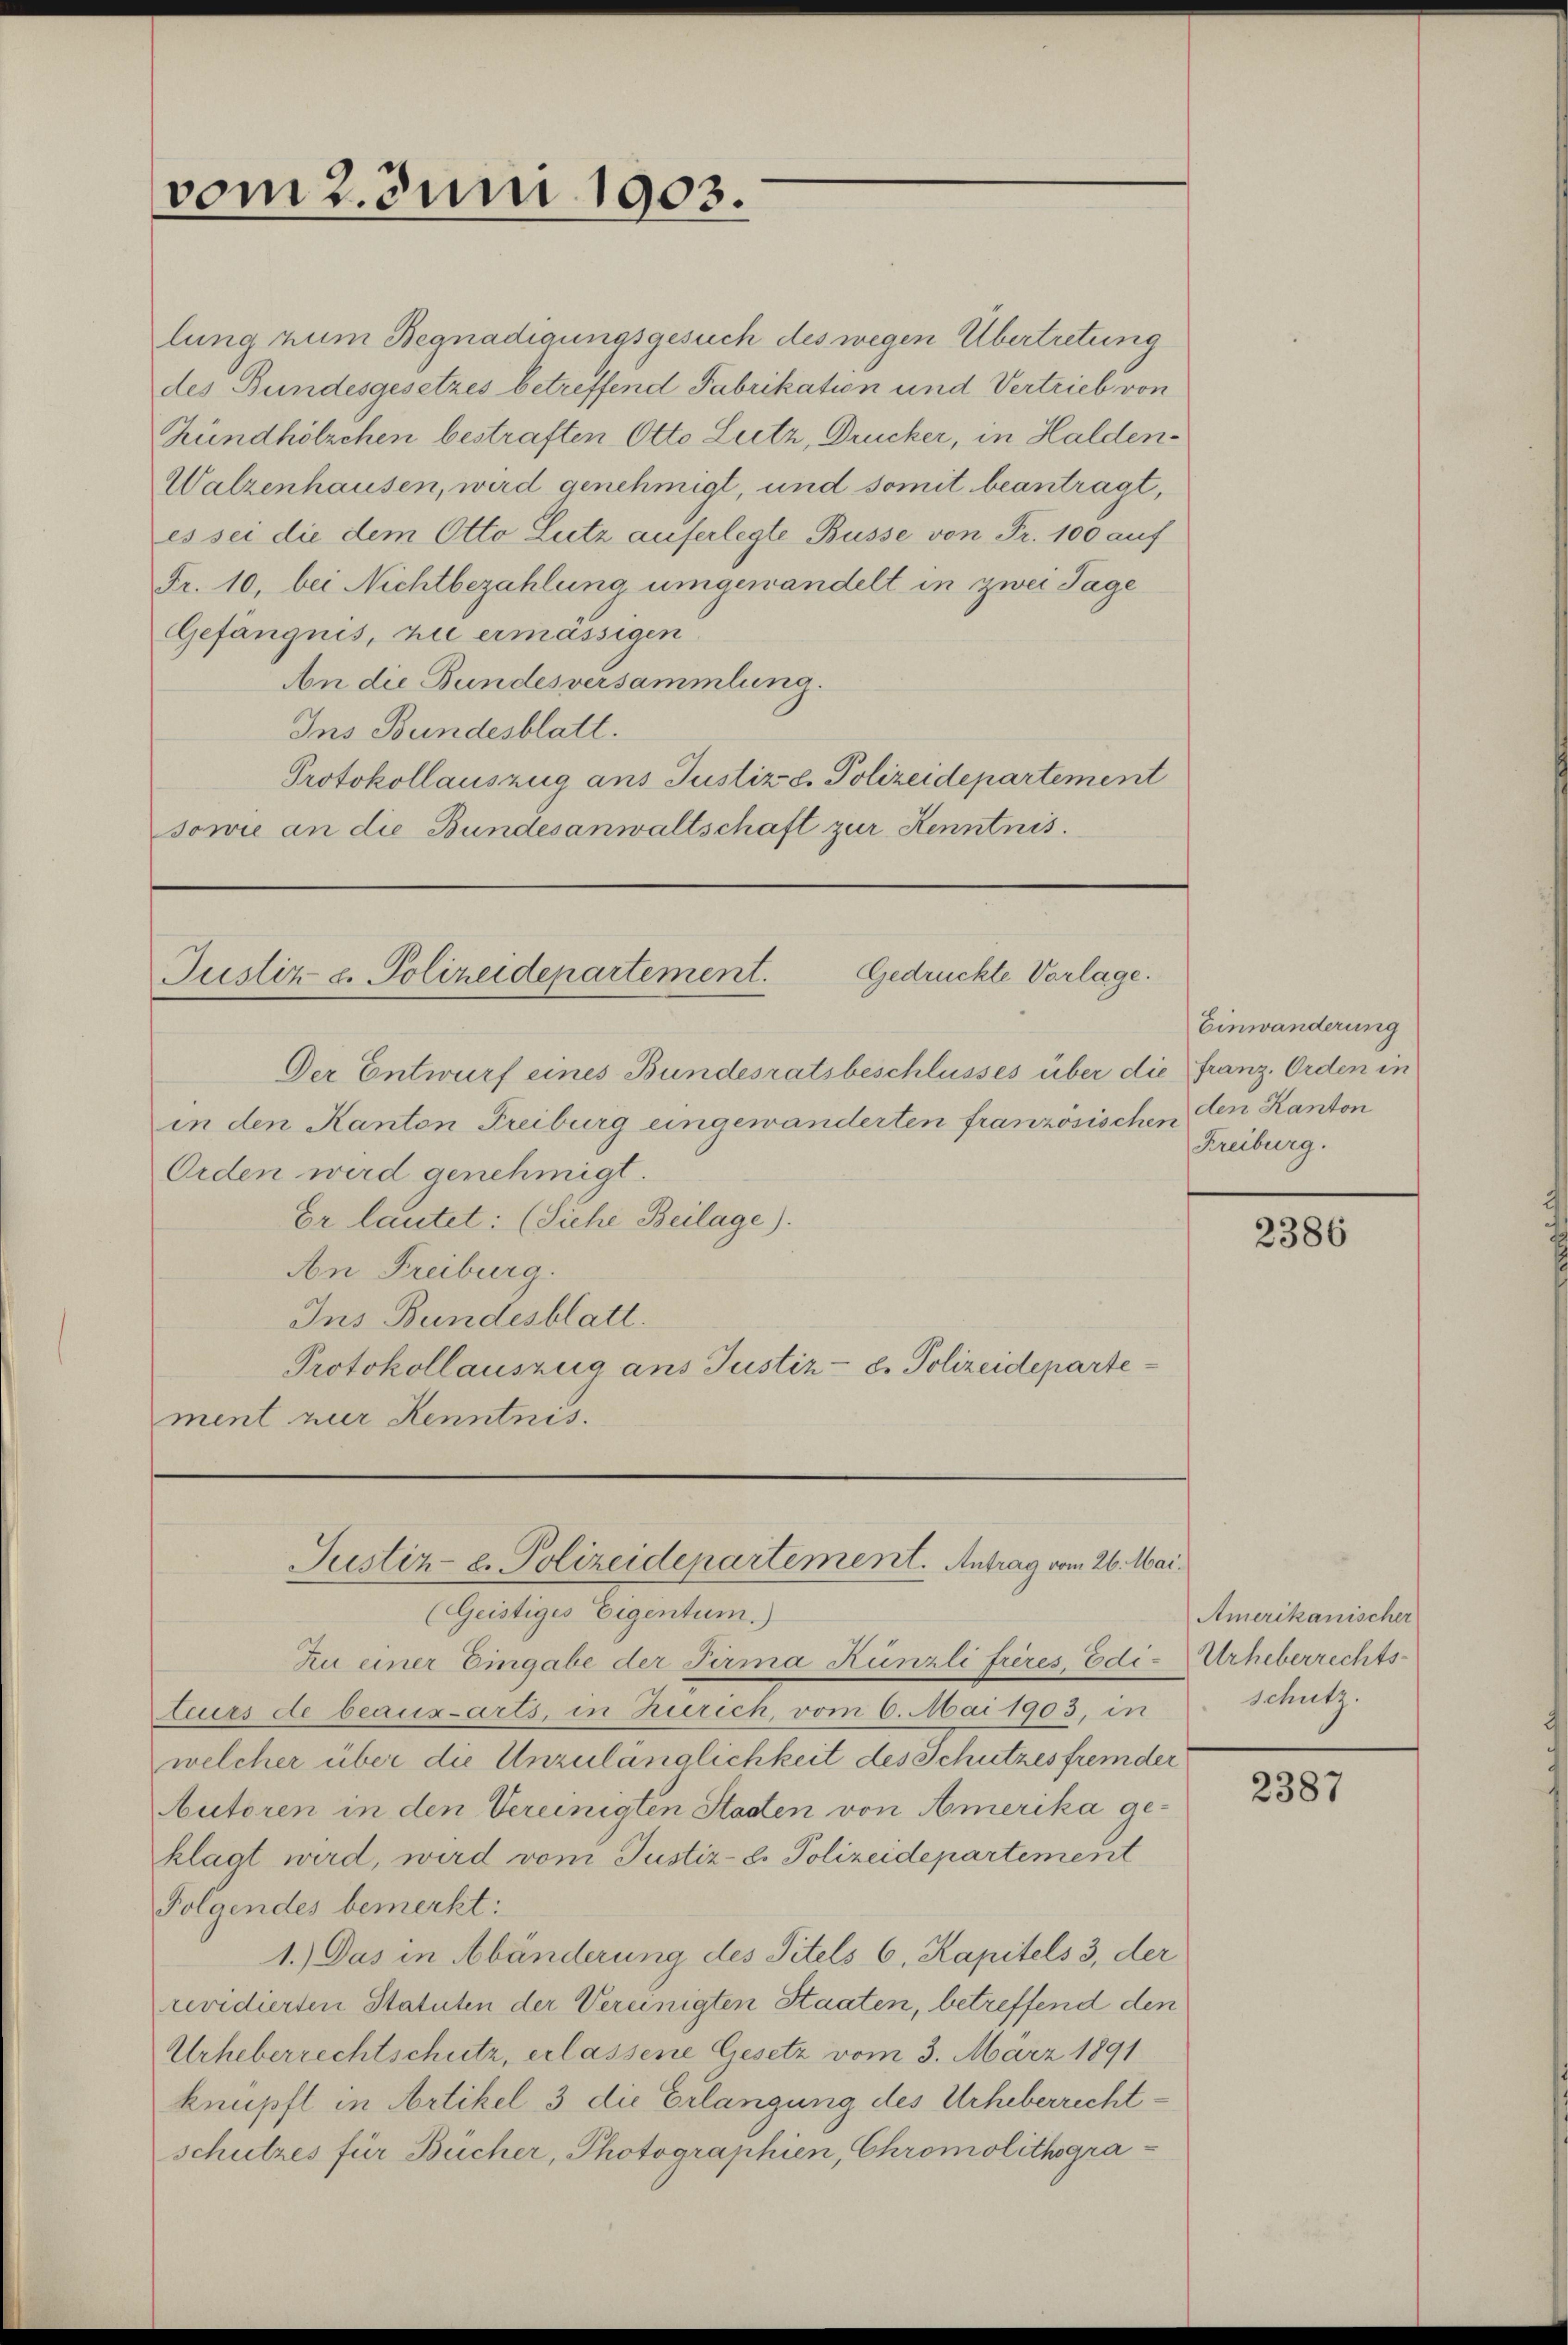
vom 2. Juni 1903.

Gedrückte Vorlage.
Justiz u. Polizeidepartement.

lung zum Begnadigungsgesuch des wegen Übertretung
des Bundesgesetzes betreffend Fabrikation und Vertrieb von
Zündhölzchen bestraften Otto Lutz, Drucker, in Halden¬
Walzenhausen, wird genehmigt, und somit beantragt,
es sei die dem Otto Lutz auferlegte Busse von Fr. 100 auf
Fr. 10, bei Nichtbezahlung umgewandelt in zwei Tage
Gefängnis, die ermässigen
An die Bundesversammlung.
Ins Bundesblatt.
Protokollauszug ans Justiz u. Polizeidepartement
sowie an die Bundesanwaltschaft zur Kenntnis.

Der Entwurf eines Bundesratsbeschlusses über die Franz, Orden in
in den Kanton Freiburg eingewanderten französischen den Kanton
Orden wird genehmigt.
Er lautet: (Siehe Beilage).
An Freiburg.
Ins Bundesblatt.
Protokollauszug aus Justiz- u. Polizeideparte
ment zur Kenntnis.

Justiz- u. Polizeidepartement. Antrag vom 26. Mai.

(Geistiges Eigentum.)
Zu einer Eingabe der Firma Künzli frères, Edi-Urheberrechts-
teurs de beaux-arts, in Zürich, vom 6. Mai 1903, in
welcher über die Unzulänglichkeit des Schutzes fremder
utoren in den Vereinigten Staaten von Amerika geklagt wird, wird vom Justiz- u. Polizeidepartement
Folgendes bemerkt:
1.) Das in Abänderung des Titels 6, Kapitels 3, der
revidierten Statuten der Vereinigten Staaten, betreffend den
Urheberrechtschutz, erlassene Gesetz vom 3. März 1891
knüpft in Artikel 3 die Erlangung des Urheberrechtschutzes für Bücher, Photographien, Chromolithogra-

Einwanderung
Freiburg.

2386

Amerikanischer
Schutz.

2387